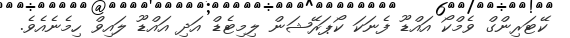
ކޭޓަރިންގް ވެމްކޯ އައްޑޫ ފެނަކަ ކޯޕަރޭޝަން ލިމިޓެޑް އަދި އައްޑޫ ލައިވް ހިމެނެއެވެ.